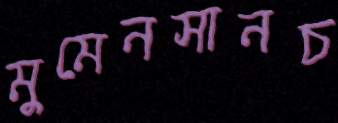
মুমেনসানচ